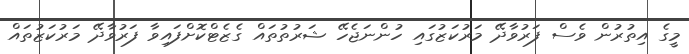
މީގެ އިތުރުން ވެސް ފަރުވާދޭ މަރުކަޒުގައި ހުންނަޖެހޭ ޝަރުތުތައް ގެޒެޓްކޮށްފައިވާ ފަރުވާދޭ މަރުކަޒުތައް